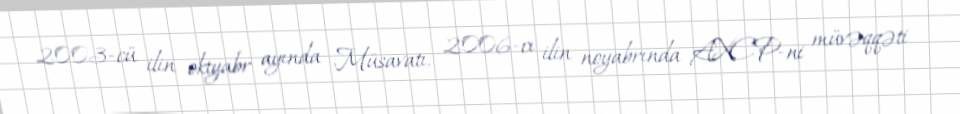
2003-cü ilin oktyabr ayında Müsavatı, 2006-cı ilin noyabrında AXCP-ni müvəqqəti